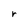
Character: r